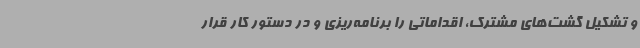
و تشکیل گشت‌های مشترک، اقداماتی را برنامه‌ریزی و در دستور کار قرار